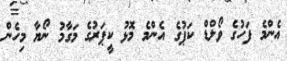
އެންމެ ފަހުގެ ވޯލްޑް ކަޕުގެ އެންމެ މޮޅު ކީޕަރުގެ މަގާމު ނޯޔާ މިހެން